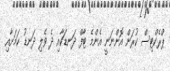
ޕްރެކްޓިސް ކުރަން އޮންނަނީ އެންމެ ޓާފް ދަނޑަކާއި ދެ ވެލި ދަނޑު ކަމަށާއި